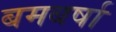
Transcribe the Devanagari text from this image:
बमबर्षा